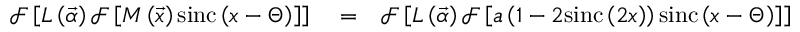
\begin{array} { r l r } { \mathcal { F } \left[ L \left( \vec { \alpha } \right) \mathcal { F } \left[ M \left( \vec { x } \right) \mathrm { s i n c } \left( x - \Theta \right) \right] \right] } & { { } = } & { \mathcal { F } \left[ L \left( \vec { \alpha } \right) \mathcal { F } \left[ a \left( 1 - 2 \mathrm { s i n c } \left( 2 x \right) \right) \mathrm { s i n c } \left( x - \Theta \right) \right] \right] } \end{array}